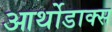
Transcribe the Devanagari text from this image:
आर्थोडाक्स